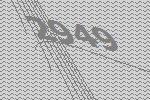
2949